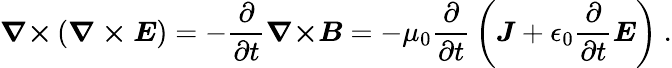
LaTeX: {\boldsymbol{\nabla\times}}\left({\boldsymbol{\nabla\times E}}\right)=-{\frac{\partial}{\partial t}}{\boldsymbol{\nabla\times}}{\boldsymbol{B}}=-\mu_{0}{\frac{\partial}{\partial t}}\left({\boldsymbol{J}}+\epsilon_{0}{\frac{\partial}{\partial t}}{\boldsymbol{E}}\right)\ .